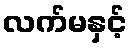
လက်မနှင့်